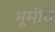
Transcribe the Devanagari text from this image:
भूमीचे